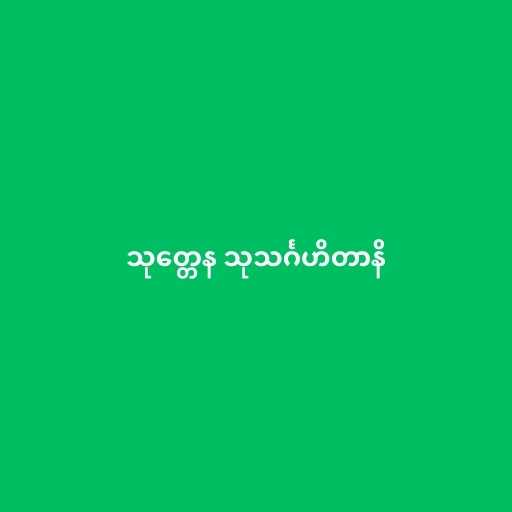
သုတ္တေန သုသင်္ဂဟိတာနိ